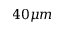
4 0 \mu m